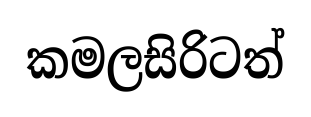
කමලසිරිටත්